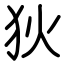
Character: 狄